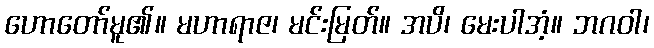
ဟောတော်မူ၏။ မဟာရာဇ၊ မင်းမြတ်။ အပိ၊ မေးပါအံ့။ ဘဂဝါ၊